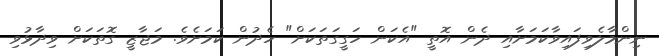
ނިންމާލެވިފައިވާކަމަށާއި ދެން އޮތީ "އެކަން ހަގީގަތަކަށް" ހެދުން ކަމަށެވެ. މަޖާޒީ ގޮތަކަށް ވިދާޅުވި